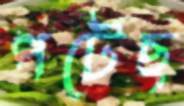
পটেছ